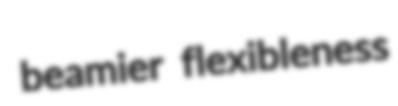
beamier flexibleness